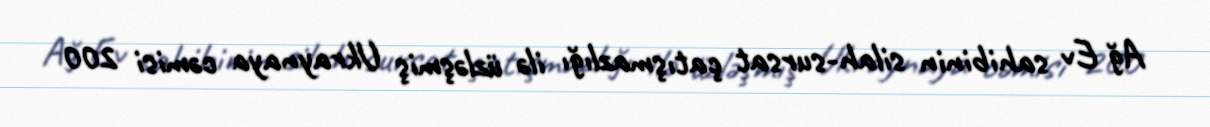
Ağ Ev sahibinin silah-sursat çatışmazlığı ilə üzləşmiş Ukraynaya cəmisi 200